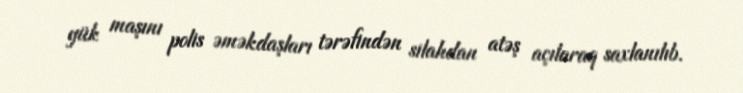
yük maşını polis əməkdaşları tərəfindən silahdan atəş açılaraq saxlanılıb.